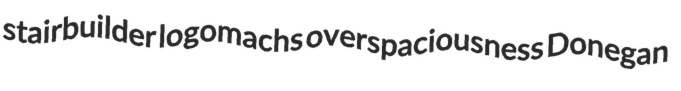
stairbuilder logomachs overspaciousness Donegan